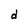
Character: d